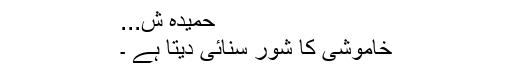
حمیدہ ش...
خاموشی کا شور سنائی دیتا ہے ۔